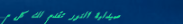
صيدلية النور تقدم لك كل م